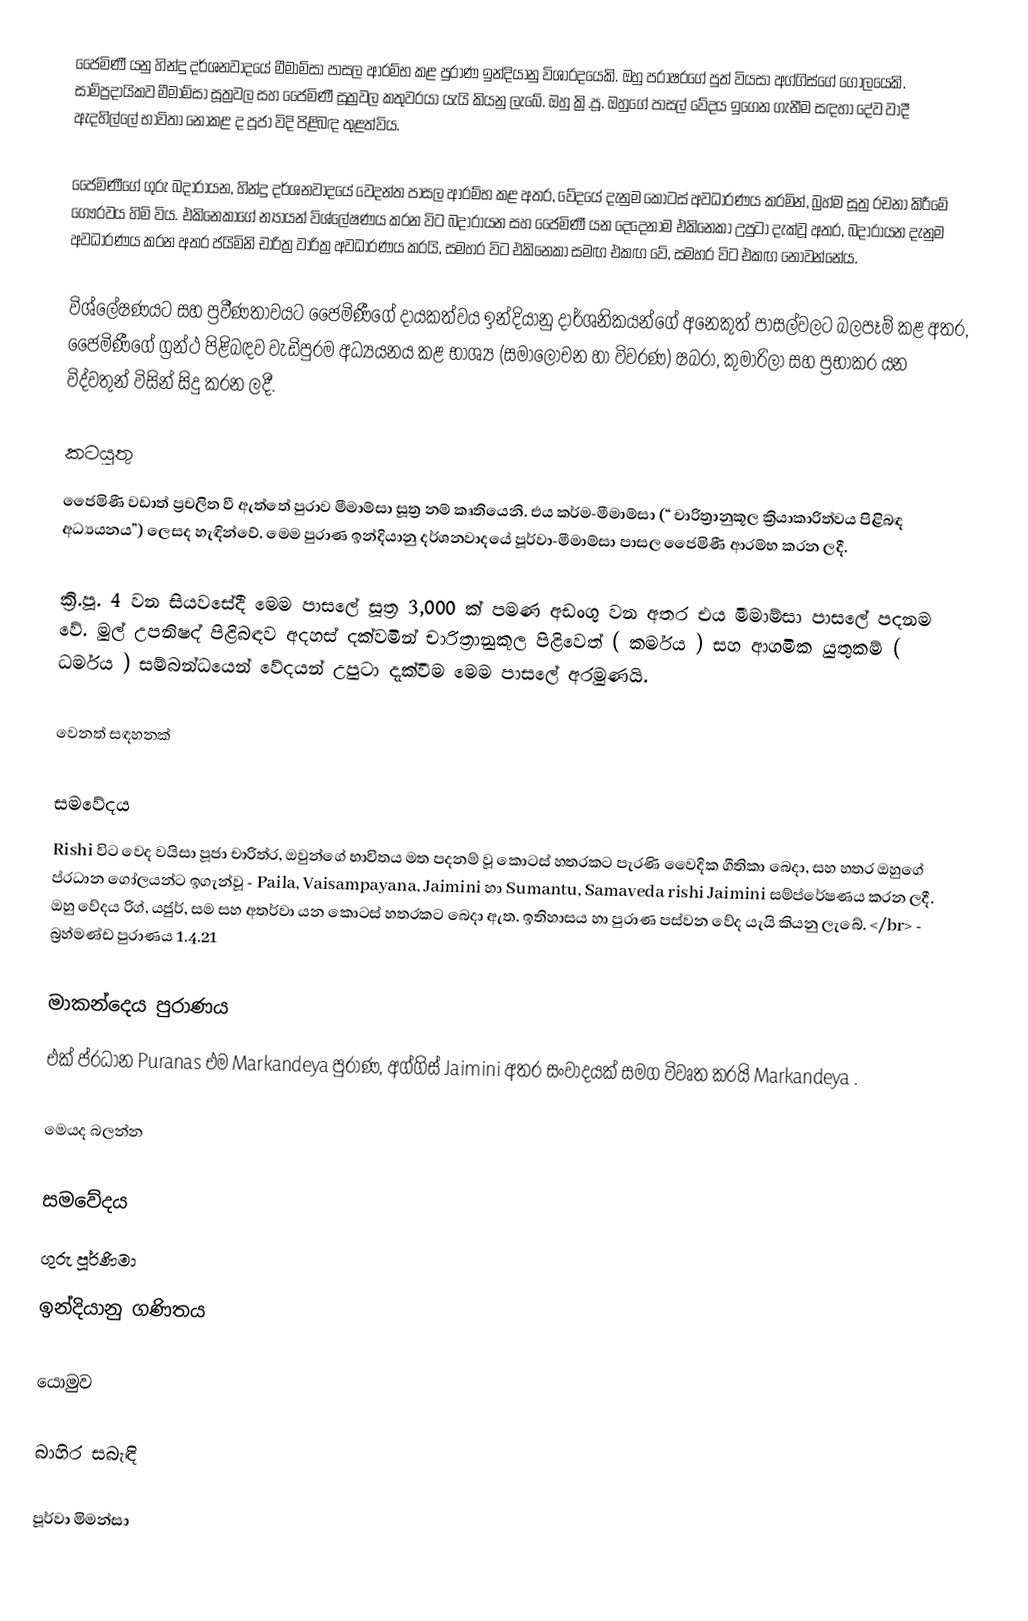
ජෛමිණී යනු හින්දු දර්ශනවාදයේ මීමාම්සා  පාසල ආරම්භ කළ පුරාණ ඉන්දියානු විශාරදයෙකි. ඔහු පරාෂරගේ පුත් වියසා අග්ගිස්ගේ ගෝලයෙකි. සාම්ප්‍රදායිකව මීමාම්සා සූත්‍රවල  සහ ජෛමිණී සූත්‍රවල කතුවරයා යැයි කියනු ලැබේ. ඔහු ක්‍රි.පූ.  ඔහුගේ පාසල් වේදය ඉගෙන ගැනීම සඳහා දේව වාදී ඇදහිල්ලේ භාවිතා නොකළ ද පූජා විදි  පිළිබඳ තුළත්විය.

ජෛමිණීගේ ගුරු බදාරායන, හින්දු දර්ශනවාදයේ වෙදන්ත පාසල ආරම්භ කළ අතර, වේදයේ දැනුම කොටස් අවධාරණය කරමින්, බ්‍රහ්ම සූත්‍ර රචනා කිරීමේ ගෞරවය හිමි විය. එකිනෙකාගේ න්‍යායන් විශ්ලේෂණය කරන විට බදාරායන සහ ජෛමිණී යන දෙදෙනාම එකිනෙකා උපුටා දැක්වූ අතර, බදාරායන දැනුම අවධාරණය කරන අතර ජයිමිනි චාරිත්‍ර වාරිත්‍ර අවධාරණය කරයි, සමහර විට එකිනෙකා සමඟ එකඟ වේ, සමහර විට එකඟ නොවන්නේය.

විශ්ලේෂණයට සහ ප්‍රවීණතාවයට ජෛමිණීගේ දායකත්වය ඉන්දියානු දාර්ශනිකයන්ගේ අනෙකුත් පාසල්වලට බලපෑම් කළ අතර, ජෛමිණීගේ ග්‍රන්ථ පිළිබඳව වැඩිපුරම අධ්‍යයනය කළ භාශ්‍ය (සමාලෝචන හා විවරණ) ෂබරා, කුමාරිලා සහ ප්‍රභාකර යන විද්වතුන් විසින් සිදු කරන ලදී.

කටයුතු
ජෛමිණී වඩාත් ප්‍රචලිත වී ඇත්තේ පුරාව මීමාම්සා  සූත්‍ර නම් කෘතියෙනි. එය කර්ම-මීමාම්සා  (“ චාරිත්‍රානුකූල ක්‍රියාකාරිත්වය පිළිබඳ අධ්‍යයනය”) ලෙසද හැඳින්වේ. මෙම පුරාණ ඉන්දියානු දර්ශනවාදයේ පූර්වා-මීමාම්සා  පාසල ජෛමිණී ආරම්භ කරන ලදී.

ක්‍රි.පූ. 4 වන සියවසේදී මෙම පාසලේ සූත්‍ර 3,000 ක් පමණ අඩංගු වන අතර එය මීමාම්සා  පාසලේ පදනම වේ. මුල් උපනිෂද් පිළිබඳව අදහස් දක්වමින් චාරිත්‍රානුකූල පිළිවෙත් ( කර්මය ) සහ ආගමික යුතුකම් ( ධර්මය ) සම්බන්ධයෙන් වේදයන් උපුටා දැක්වීම මෙම පාසලේ  අරමුණයි.

වෙනත් සඳහනක්

සමවේදය
Rishi විට වෙද වයිසා පූජා චාරිත්ර, ඔවුන්ගේ භාවිතය මත පදනම් වූ කොටස් හතරකට පැරණි වෛදික ගීතිකා බෙදා, සහ හතර ඔහුගේ ප්රධාන ගෝලයන්ට ඉගැන්වූ - Paila, Vaisampayana, Jaimini හා Sumantu, Samaveda rishi Jaimini සම්ප්රේෂණය කරන ලදී. ඔහු වේදය රිග්, යජුර්, සම සහ අතර්වා යන කොටස් හතරකට බෙදා ඇත. ඉතිහාසය හා පුරාණ පස්වන වේද යැයි කියනු ලැබේ.  </br> - බ්‍රහ්මණ්ඩ පුරාණය 1.4.21

මාකන්දෙය පුරාණය
එක් ප්රධාන Puranas එම Markandeya පුරාණ, අග්ගිස් Jaimini අතර සංවාදයක් සමග විවෘත කරයි Markandeya .

මෙයද බලන්න

 සමවේදය
 ගුරු පූර්ණිමා
 ඉන්දියානු ගණිතය

යොමුව

බාහිර සබැඳි

 පූර්වා මිමන්සා